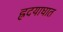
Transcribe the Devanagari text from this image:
ह्रदयाघात